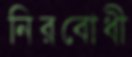
নিরবোধী